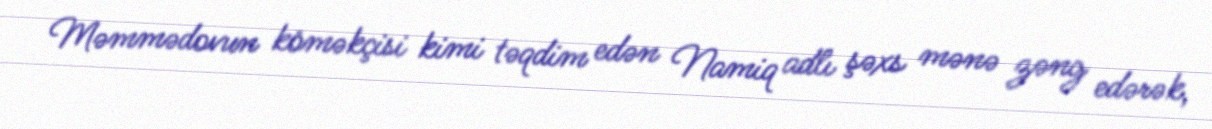
Məmmədovun köməkçisi kimi təqdim edən Namiq adlı şəxs mənə zəng edərək,